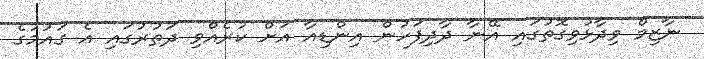
ނާޒިމް ވިދާޅުވިގޮތުގައި އޭނާ ދާދިފަހުން އިންޑިއާ އަށް ކުރެއްވި ދަތުރުގައި އެ ގައުމުގެ